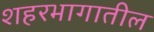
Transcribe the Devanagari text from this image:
शहरभागातील